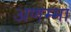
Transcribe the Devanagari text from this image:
अणम्मा